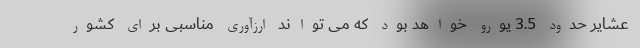
عشایر حدود 3.5 یورو خواهد بود که می تواند ارزآوری مناسبی برای کشور